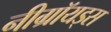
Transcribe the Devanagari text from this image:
नीग्रॉयड्स